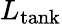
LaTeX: L_{\textrm{tank}}